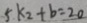
5 k _ { 2 } + b = 2 0